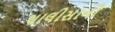
ચાલીસાની